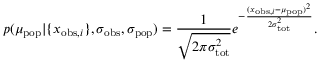
p ( \mu _ { \mathrm { p o p } } | \{ x _ { \mathrm { o b s } , i } \} , \sigma _ { \mathrm { o b s } } , \sigma _ { \mathrm { p o p } } ) = \frac { 1 } { \sqrt { 2 \pi \sigma _ { \mathrm { t o t } } ^ { 2 } } } e ^ { - \frac { ( x _ { \mathrm { o b s } , i } - \mu _ { \mathrm { p o p } } ) ^ { 2 } } { 2 \sigma _ { \mathrm { t o t } } ^ { 2 } } } .